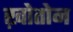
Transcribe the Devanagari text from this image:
ख़ोतोन